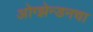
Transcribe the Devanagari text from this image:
ओग्झेन्डनचा